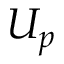
U _ { p }